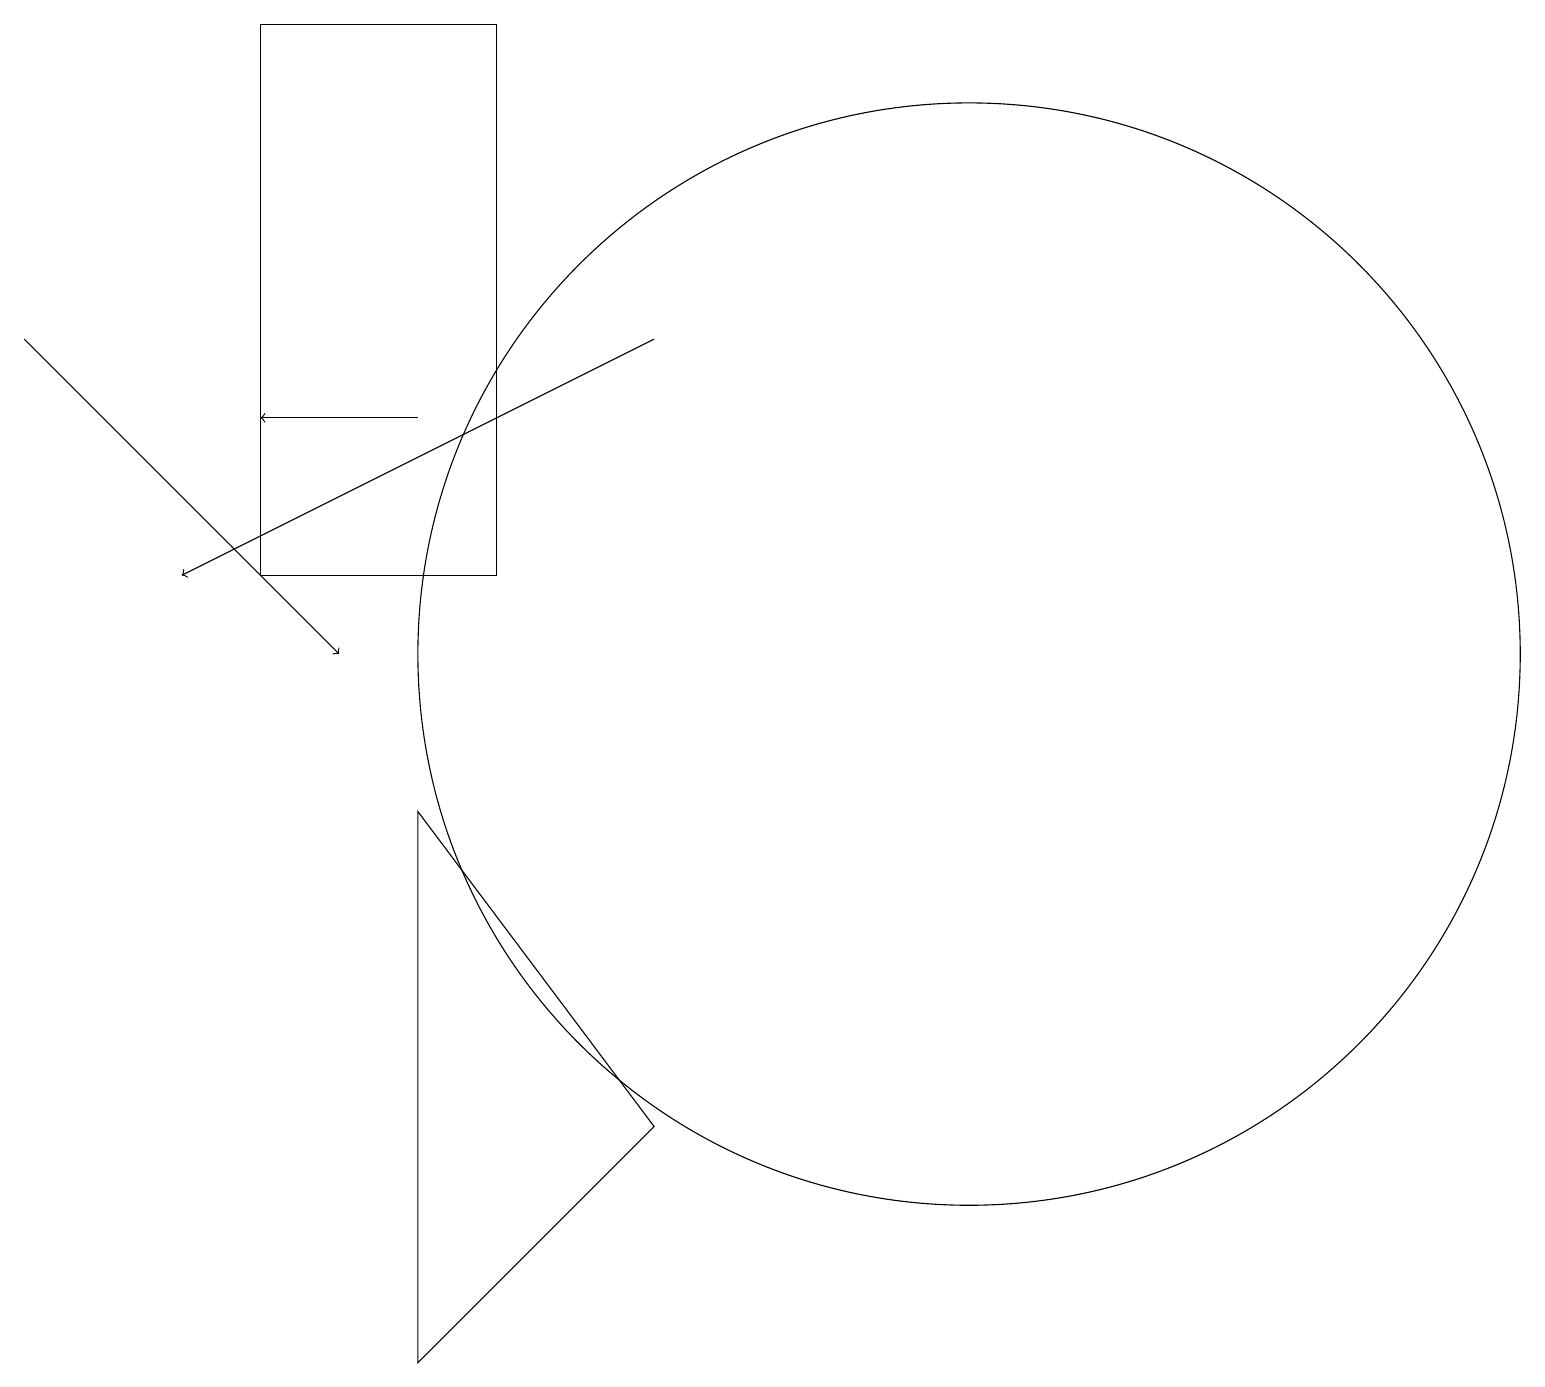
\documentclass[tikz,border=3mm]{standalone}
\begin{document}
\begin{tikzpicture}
\draw (12,11) circle (7);
\draw (5,2) -- (5,9) -- (8,5) -- cycle;
\draw[->] (8,15) -- (2,12);
\draw (6,12) rectangle (3,19);
\draw[->] (0,15) -- (4,11);
\draw[->] (5,14) -- (3,14);
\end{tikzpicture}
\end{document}